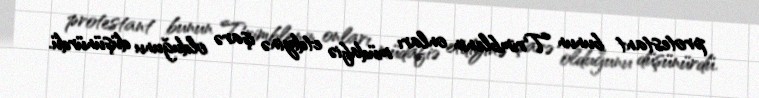
protestant bunun Trimblenin onları müdafiə etdiyinə işarə olduğunu düşünürdü.